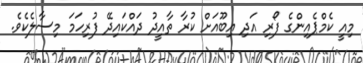
މިއީ ކެމްޕެއިންގެ ފޯރި އަދި އިބޫއަށް ކުރާ ތާއީދު ދައްކައިދޭ ފުރިހަމަ މިސާލެކެވެ.